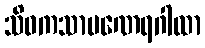
သိဝကသာမဏေရဂါထာ